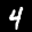
Label: 4